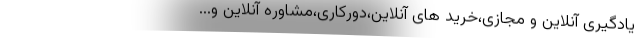
یادگیری آنلاین و مجازی،خرید های آنلاین،دورکاری،مشاوره آنلاین و...